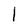
Character: l